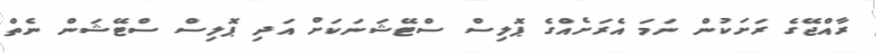
ރާއްޖޭގެ ރަށަކުން ނަމަ އެރަށެއްގެ ޕޮލިސް ސްޓޭޝަނަކަށް އަދި ޕޮލިސް ސްޓޭޝަން ނެތް